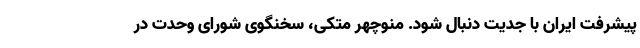
پیشرفت ایران با جدیت دنبال شود. منوچهر متکی، سخنگوی شورای وحدت در